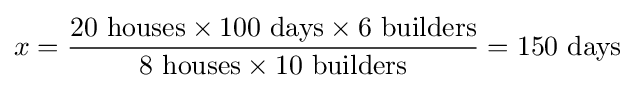
x={\frac {20\ {\text{houses}}\times 100\ {\text{days}}\times 6\ {\text{builders}}}{8\ {\text{houses}}\times 10\ {\text{builders}}}}=150\ {\text{days}}